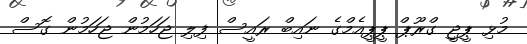
މުޅި ޕީޖީ ގްރޫޕް ޕީޕީއެމްގެ ނައިބް ރައީސް ފިލި ޖަހަމުން ޖަހަމުން ގޮސް